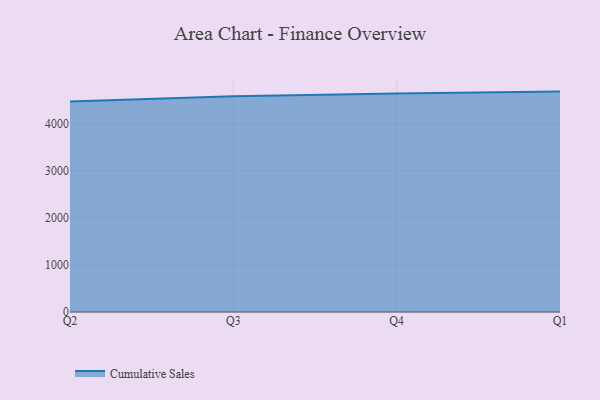
{"axis": {"x": "Quarter", "y": "Latency (ms)"}, "legend": ["Cumulative Sales"], "data": [{"x": "Q2", "y": 4465.4, "type": "Cumulative Sales"}, {"x": "Q3", "y": 4575.7, "type": "Cumulative Sales"}, {"x": "Q4", "y": 4635.1, "type": "Cumulative Sales"}, {"x": "Q1", "y": 4676.1, "type": "Cumulative Sales"}]}